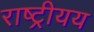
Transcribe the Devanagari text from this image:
राष्ट्रीयय